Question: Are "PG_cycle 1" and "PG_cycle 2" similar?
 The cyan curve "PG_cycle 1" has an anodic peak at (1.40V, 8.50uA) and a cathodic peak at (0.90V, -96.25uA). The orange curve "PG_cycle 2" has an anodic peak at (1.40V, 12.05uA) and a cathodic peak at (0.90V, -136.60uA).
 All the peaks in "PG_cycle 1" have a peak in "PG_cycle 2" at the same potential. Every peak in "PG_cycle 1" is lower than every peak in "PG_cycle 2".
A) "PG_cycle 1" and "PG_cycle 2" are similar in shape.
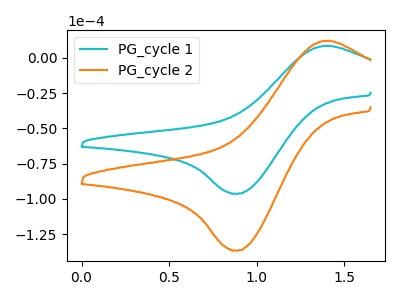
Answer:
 <answer>A) "PG_cycle 1" and "PG_cycle 2" are similar in shape.</answer>
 <eval>A</eval>